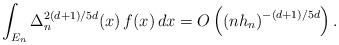
LaTeX: \begin{align*}\int_{E_{n}}\Delta _{n}^{2(d+1)/5d}(x)\,f(x)\,dx=O\left( \left(nh_{n}\right) ^{-(d+1)/5d}\right) . \end{align*}